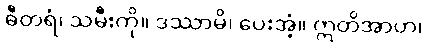
ဓီတရံ၊ သမီးကို။ ဒဿာမိ၊ ပေးအံ့။ ဣတိအာဟ၊